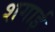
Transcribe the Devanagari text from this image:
शगाई